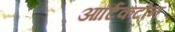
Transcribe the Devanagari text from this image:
आर्टिकटोन